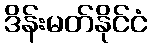
ဒိန်းမတ်နိုင်ငံ